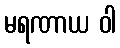
မရဏာယ ဝါ